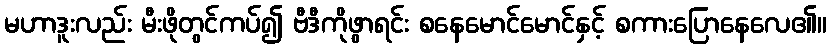
မဟာဒူးလည်း မီးဖိုတွင်ကပ်၍ ဗီဒီကိုဖွာရင်း စနေမောင်မောင်နှင့် စကားပြောနေလေ၏။